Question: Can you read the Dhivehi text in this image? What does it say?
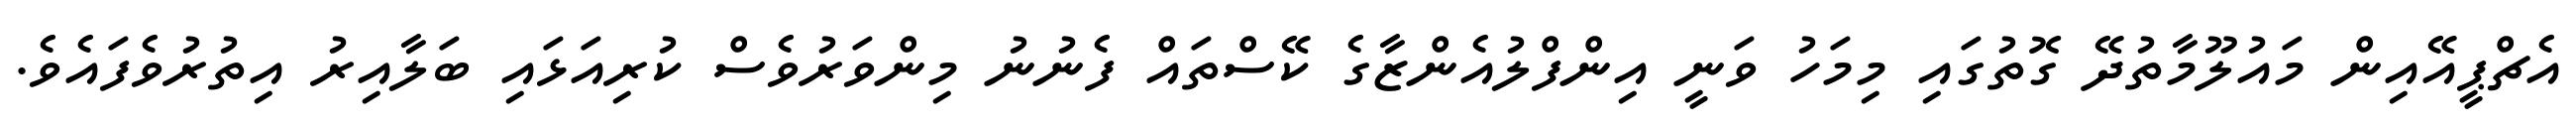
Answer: އެޗްޕީއޭއިން މައުލޫމާތުދޭ ގޮތުގައި މިމަހު ވަނީ އިންފްލުއެންޒާގެ ކޭސްތައް ފެނުނު މިންވަރުވެސް ކުރިއަޅައި ބަލާއިރު އިތުރުވެފައެވެ.